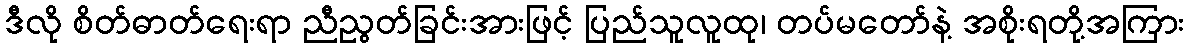
ဒီလို စိတ်ဓာတ်ရေးရာ ညီညွတ်ခြင်းအားဖြင့် ပြည်သူလူထု၊ တပ်မတော်နဲ့ အစိုးရတို့အကြား